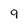
Character: 9